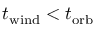
t _ { \mathrm { w i n d } } < t _ { \mathrm { o r b } }